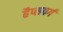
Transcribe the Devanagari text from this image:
हैप्सवर्ग